Mustjala_vallavalitsus, lk 40
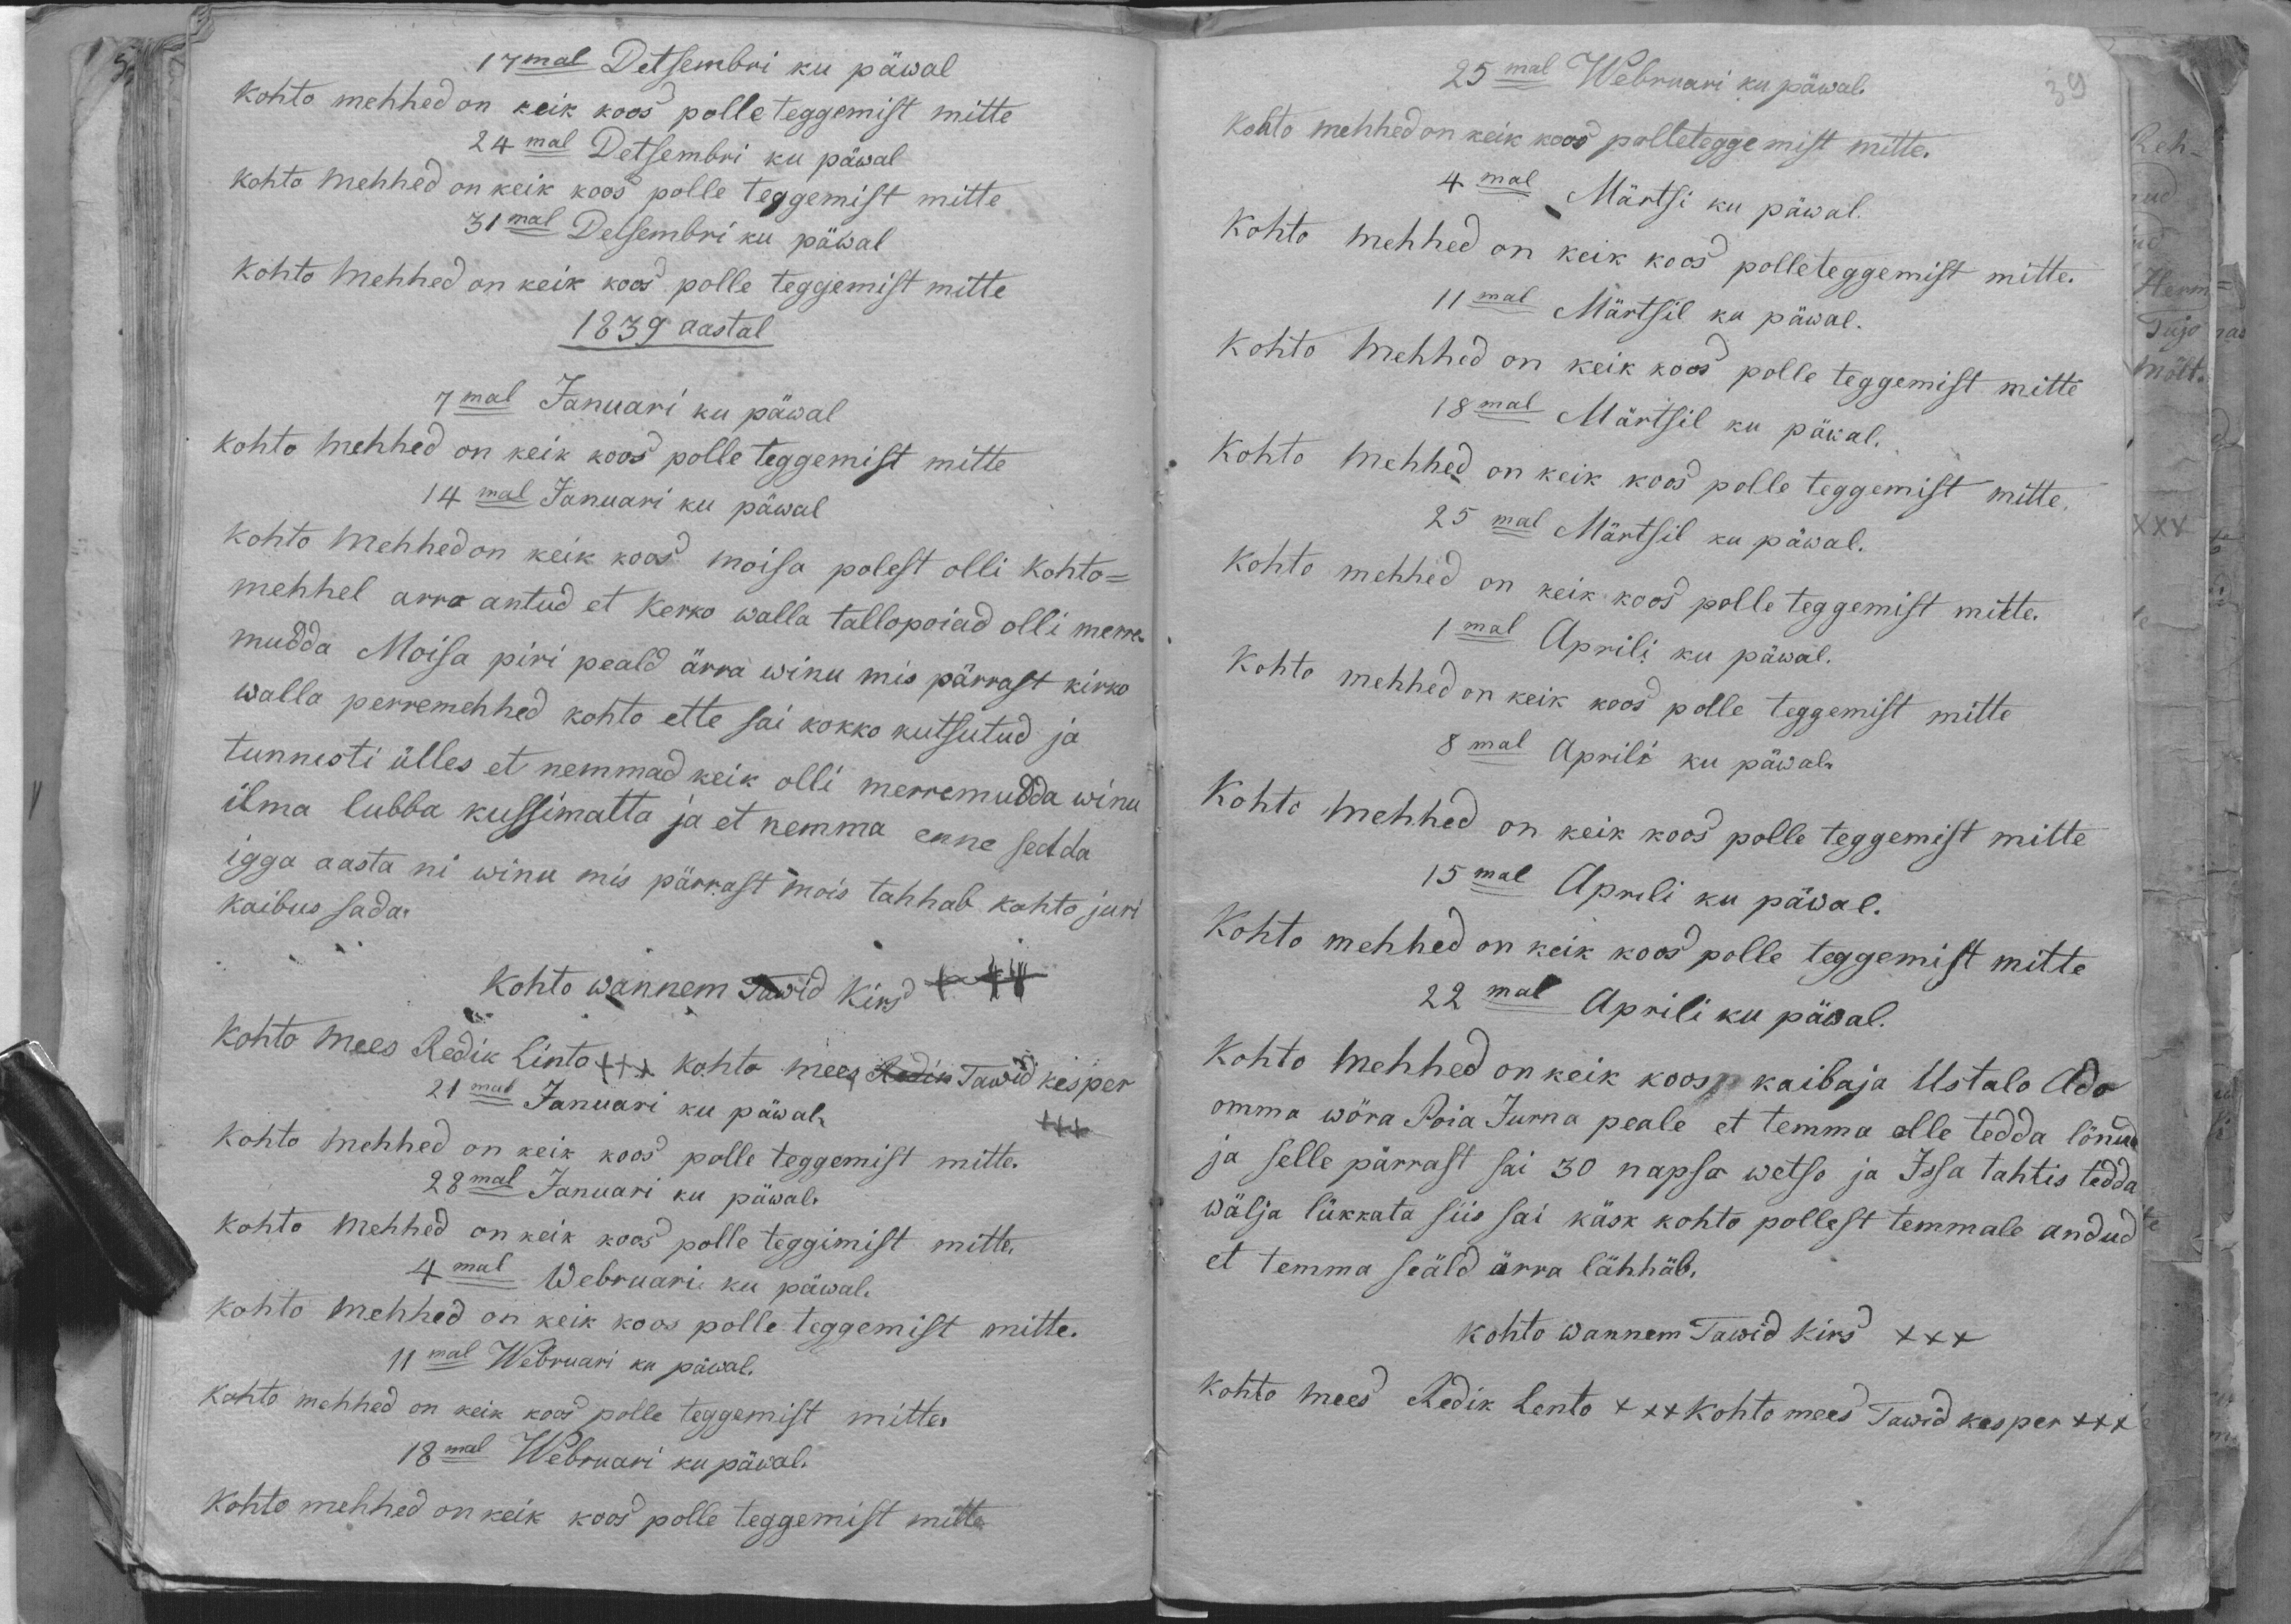
17mal Detsembri ku päwal
kohto mehhed on keik koos polle teggemist mitte
24mal Detsembri ku päwal.
kohto mehhed on keik koos polle teggemist mitte.
31mal Detsembri ku päwal
Kohto mehhed on keik koos polle teggemist mitte
1839 aastal
7mal Januari ku päwal
kohto mehhed on keik koos polle teggemist mitte
14mal Januari ku päwal
kohto mehhed on keik koos moisa polest olli kohto-
mehhel arro antud et kerko walla tallopoiad olli merre
mudda Moisa piri peald ärra winu mis pärrast kirko
walla perremehhed kohto ette sai kokko kutsutud ja
tunnisti ülles et nemmad keik olli merremudda winu
ilma lubba kussimatta ja et nemma enne sedda
igga aasta nii winu mis pärrast mois tahhab kohto juri
kaibus sada.
kohto wannem Tawid Kirs +++
Kohto mees Redik Linto +++ kohta mees Tawid kesper
+++
21mal Januari ku päwal-
Kohto mehhed on keik koos polle teggemist mitte.
28mal Januari ku päwal
kohto mehhed on keik koos pole teggimist mitte.
4mal Webruari ku päwal.
kohto mehhed on keik koos polle teggemist mitte.
11mal Webruari ku päwal.
kohto mehhed on keik koos polle teggemist mitte
18mal Webruari ku päwal.
Kohto mehhed on keik koos polle teggemist mitte

25mal Webruari ku päwal.
Kohto mehhed on keik koos polleteggemist mitte.
4mal Märtsi ku päwal.
Kohto mehhed on keik koos polleteggemist mitte.
11mal Märtsil ka päwal.
Kohto mehhed on keik koos polle teggemist mitte
18mal Märtsil ku päwal.
kohto mehhed on keik koos polle teggemist mitte
25mal Märtsil ku päwal.
kohto mehhed on keik koos polle teggemist mitte.
1mal Aprili ku päwal.
Kohto mehhed on keik koos polle teggemist mitte
8mal Aprili ku päwal
Kohto mehhed on keik koos polle teggemist mitte
15mal Aprili ku päwal.
Kohto mehhed on keik koos polle teggemist mitte
22mal Aprili ku päwal.
Kohto mehhed on keik koos kaibaja Ustalo Ado
omma wöra Poia Jurna peale, et temma olle tedda lönud
ja selle pärrast sai 30 napso wetso ja Issa tahtis tedda
wälja lükkata siis sai käsk kohto pollest temmale andud
et temma seäld ärra lähhäb.
kohto wannem Tawid kirs XXX
kohto mees Redik Lonto +++ Kohto mees Tawid kesper xxx